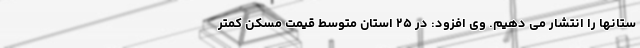
ستانها را انتشار می دهیم. وی افزود: در ۲۵ استان متوسط قیمت مسکن کمتر